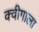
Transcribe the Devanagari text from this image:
क्वीगाला